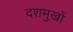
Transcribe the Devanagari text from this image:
दशमुखों